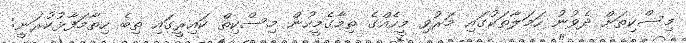
މިސްކިތަށް ދެވުނު ހަމަލާތަކުގައި މަރުވި މީހެއްގެ ތިމާގެމީހުން މިސްކިތް ކައިރީގައި ތިބެ ހިތާމަފާޅުކުރަނީ: